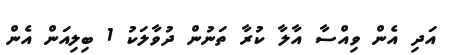
އަދި އެން ވިއްސާ އާލާ ކުރާ ތަނުން ދުވާލަކު 1 ބިލިއަން އެން